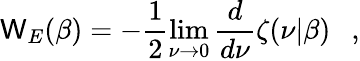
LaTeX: \mathsf{W}_{E}(\beta)=-\frac{1}{2}\operatorname*{lim}_{\nu\rightarrow0}{\frac{{d}}{{d\nu}}}\zeta(\nu|\beta)~~~,